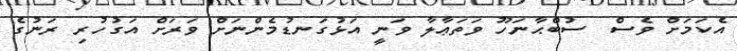
އެކަމަށް ވެސް  ސުބްޙާނަހޫ ވަތަޢާލާ ވަނީ އަޅުގަނޑުމެންނަށް ވަރަށް އަގުހުރި ރަނުގެ